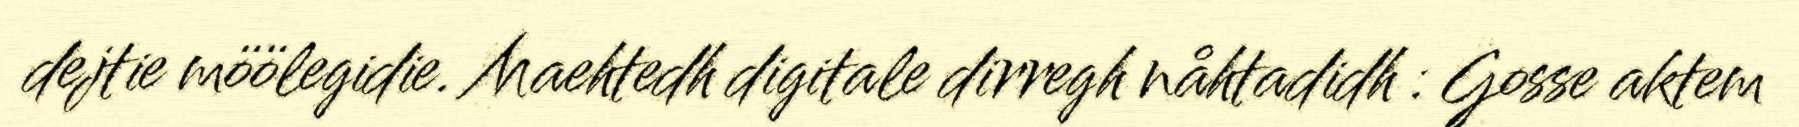
dejtie möölegidie. Maehtedh digitale dirregh nåhtadidh : Gosse aktem